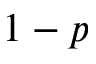
1 - p